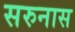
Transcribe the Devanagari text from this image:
सरुनास